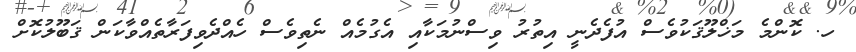
ހ. ކޮންމެ މަޚްލޫޤަކުވެސް އުފެދެނީ އިތުރު ވިސްނުމަކާއި އެގުމެއް ނެތިވެސް ހެއްދެވިފަރާތެއްވާކަން ޤަބޫލުކޮށް